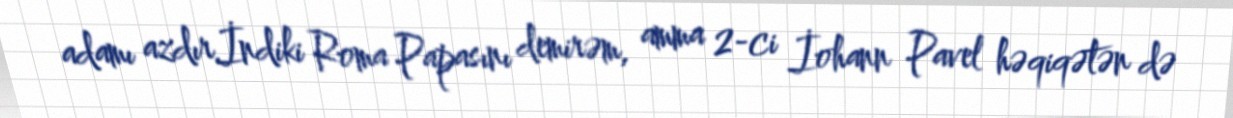
adamı azdır.İndiki Roma Papasını demirəm, amma 2-ci İohann Pavel həqiqətən də